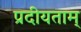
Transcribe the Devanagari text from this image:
प्रदीयताम्